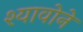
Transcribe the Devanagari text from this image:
श्यावोने